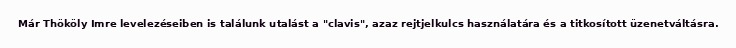
Már Thököly Imre levelezéseiben is találunk utalást a "clavis", azaz rejtjelkulcs használatára és a titkosított üzenetváltásra.